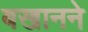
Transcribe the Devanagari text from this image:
बखानने